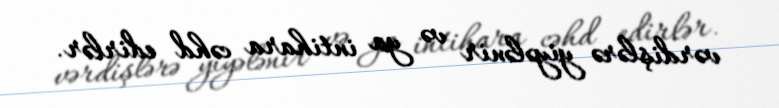
vərdişlərə yiyələnir və ya intihara cəhd edirlər.